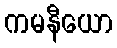
ကမနီယော